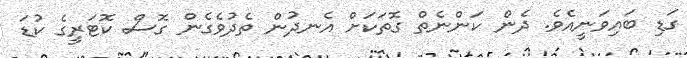
ގަޑި ބައިވަނީއެވެ. ދެން ކަންނެތް ގޮތަކަށް އެނދުން ތެދުވެގެން ގޮސް ކޮޓަރީގެ ކުޑަ